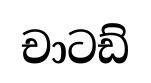
චාටඩ්